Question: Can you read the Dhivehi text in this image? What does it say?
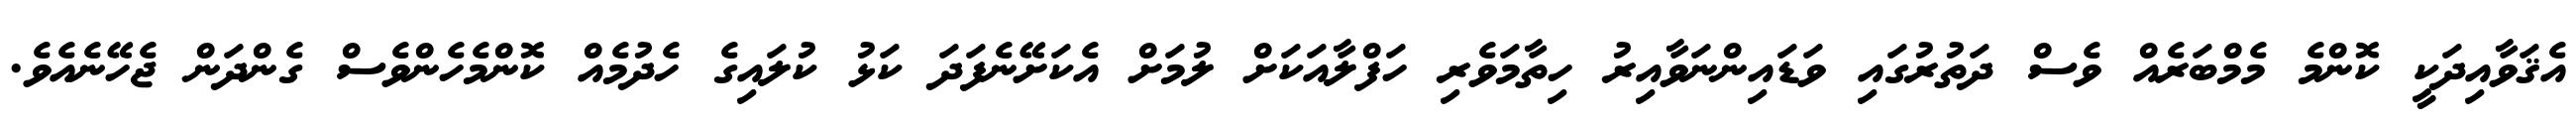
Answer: އެޤަވާއިދަކީ ކޮންމެ މެމްބަރެއް ވެސް ދަތުރުގައި ވަޑައިންނަވާއިރު ހިތާމަވެރި ހަފްލާއަކަށް ލުމަށް އެކަށޭނެފަދަ ކަޅު ކުލައިގެ ހެދުމެއް ކޮންމެހެންވެސް ގެންދަން ޖެހޭނެއެވެ.